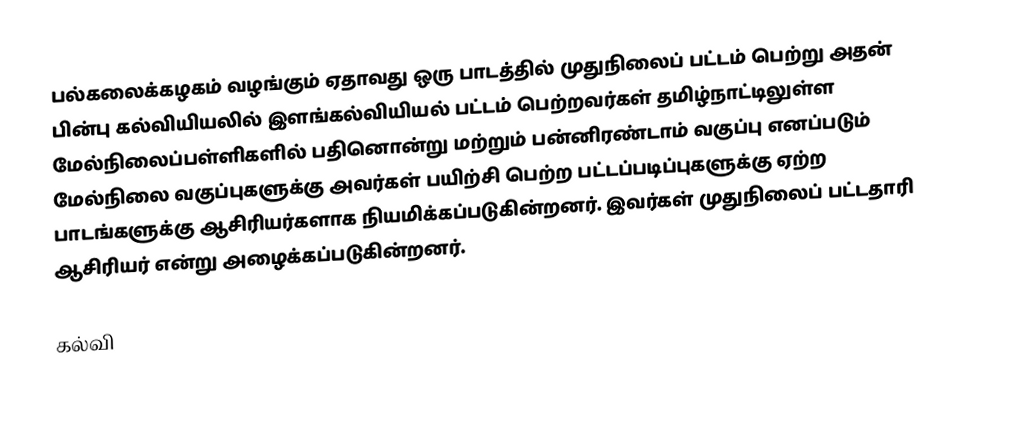
பல்கலைக்கழகம் வழங்கும் ஏதாவது ஒரு பாடத்தில் முதுநிலைப் பட்டம் பெற்று அதன் பின்பு  கல்வியியலில் இளங்கல்வியியல் பட்டம் பெற்றவர்கள் தமிழ்நாட்டிலுள்ள  மேல்நிலைப்பள்ளிகளில் பதினொன்று மற்றும் பன்னிரண்டாம் வகுப்பு எனப்படும் மேல்நிலை வகுப்புகளுக்கு அவர்கள் பயிற்சி பெற்ற பட்டப்படிப்புகளுக்கு ஏற்ற பாடங்களுக்கு ஆசிரியர்களாக நியமிக்கப்படுகின்றனர். இவர்கள் முதுநிலைப் பட்டதாரி ஆசிரியர் என்று அழைக்கப்படுகின்றனர்.

 கல்வி